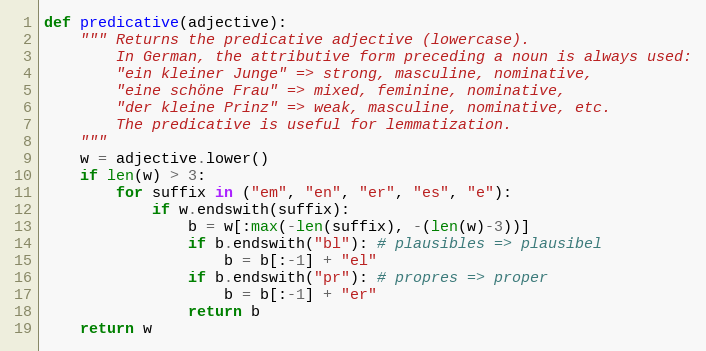
Language: Python
def predicative(adjective):
    """ Returns the predicative adjective (lowercase).
        In German, the attributive form preceding a noun is always used:
        "ein kleiner Junge" => strong, masculine, nominative,
        "eine schöne Frau" => mixed, feminine, nominative,
        "der kleine Prinz" => weak, masculine, nominative, etc.
        The predicative is useful for lemmatization.
    """
    w = adjective.lower()
    if len(w) > 3:
        for suffix in ("em", "en", "er", "es", "e"):
            if w.endswith(suffix):
                b = w[:max(-len(suffix), -(len(w)-3))]
                if b.endswith("bl"): # plausibles => plausibel
                    b = b[:-1] + "el"
                if b.endswith("pr"): # propres => proper
                    b = b[:-1] + "er"
                return b
    return w